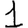
Digit: 1